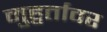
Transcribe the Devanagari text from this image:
मुहुर्तावर